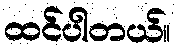
ထင်ပါတယ်။